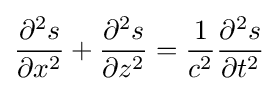
{\partial ^{2}s \over \partial x^{2}}+{\partial ^{2}s \over \partial z^{2}}={\frac {1}{c^{2}}}{\partial ^{2}s \over \partial t^{2}}